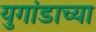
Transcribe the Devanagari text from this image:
युगांडाच्या